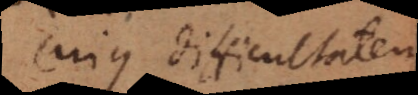
cujus difficultatem